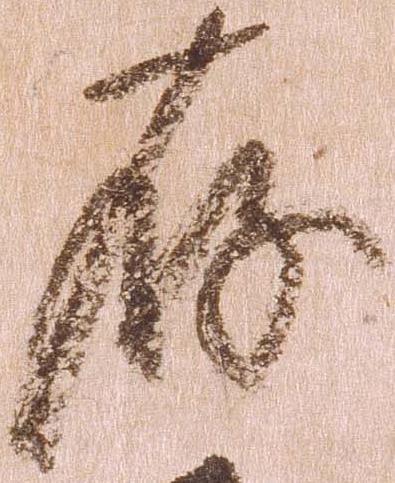
存